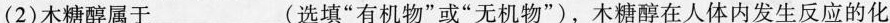
(2)木糖醇属于___(选填”有机物”或”无机物”)，木糖醇在人体内发生反应的化